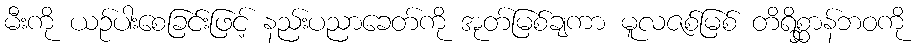
မီးကို ယဉ်ပါးစေခြင်းဖြင့် နည်းပညာခေတ်ကို အုတ်မြစ်ချကာ မူလဇစ်မြစ် တိရိစ္ဆာန်ဘဝကို